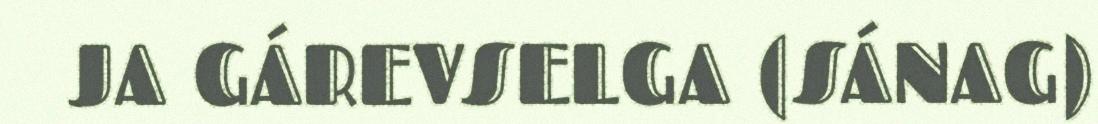
JA GÁREVSELGA (SÁNAG)